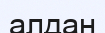
алдан